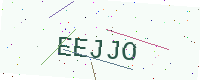
Text: EEJJO